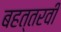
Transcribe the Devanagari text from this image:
बहत्तरवीं